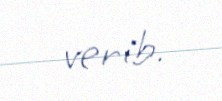
verib.